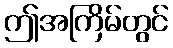
ဤအကြိမ်တွင်